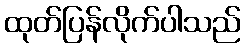
ထုတ်ပြန်လိုက်ပါသည်